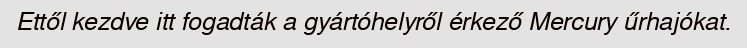
Ettől kezdve itt fogadták a gyártóhelyről érkező Mercury űrhajókat.